DOW-UAP-D49, Launch Summary, Vandenberg AFB, 2000
Agency: Department of War
Incident date: 2/3/00
Page 50
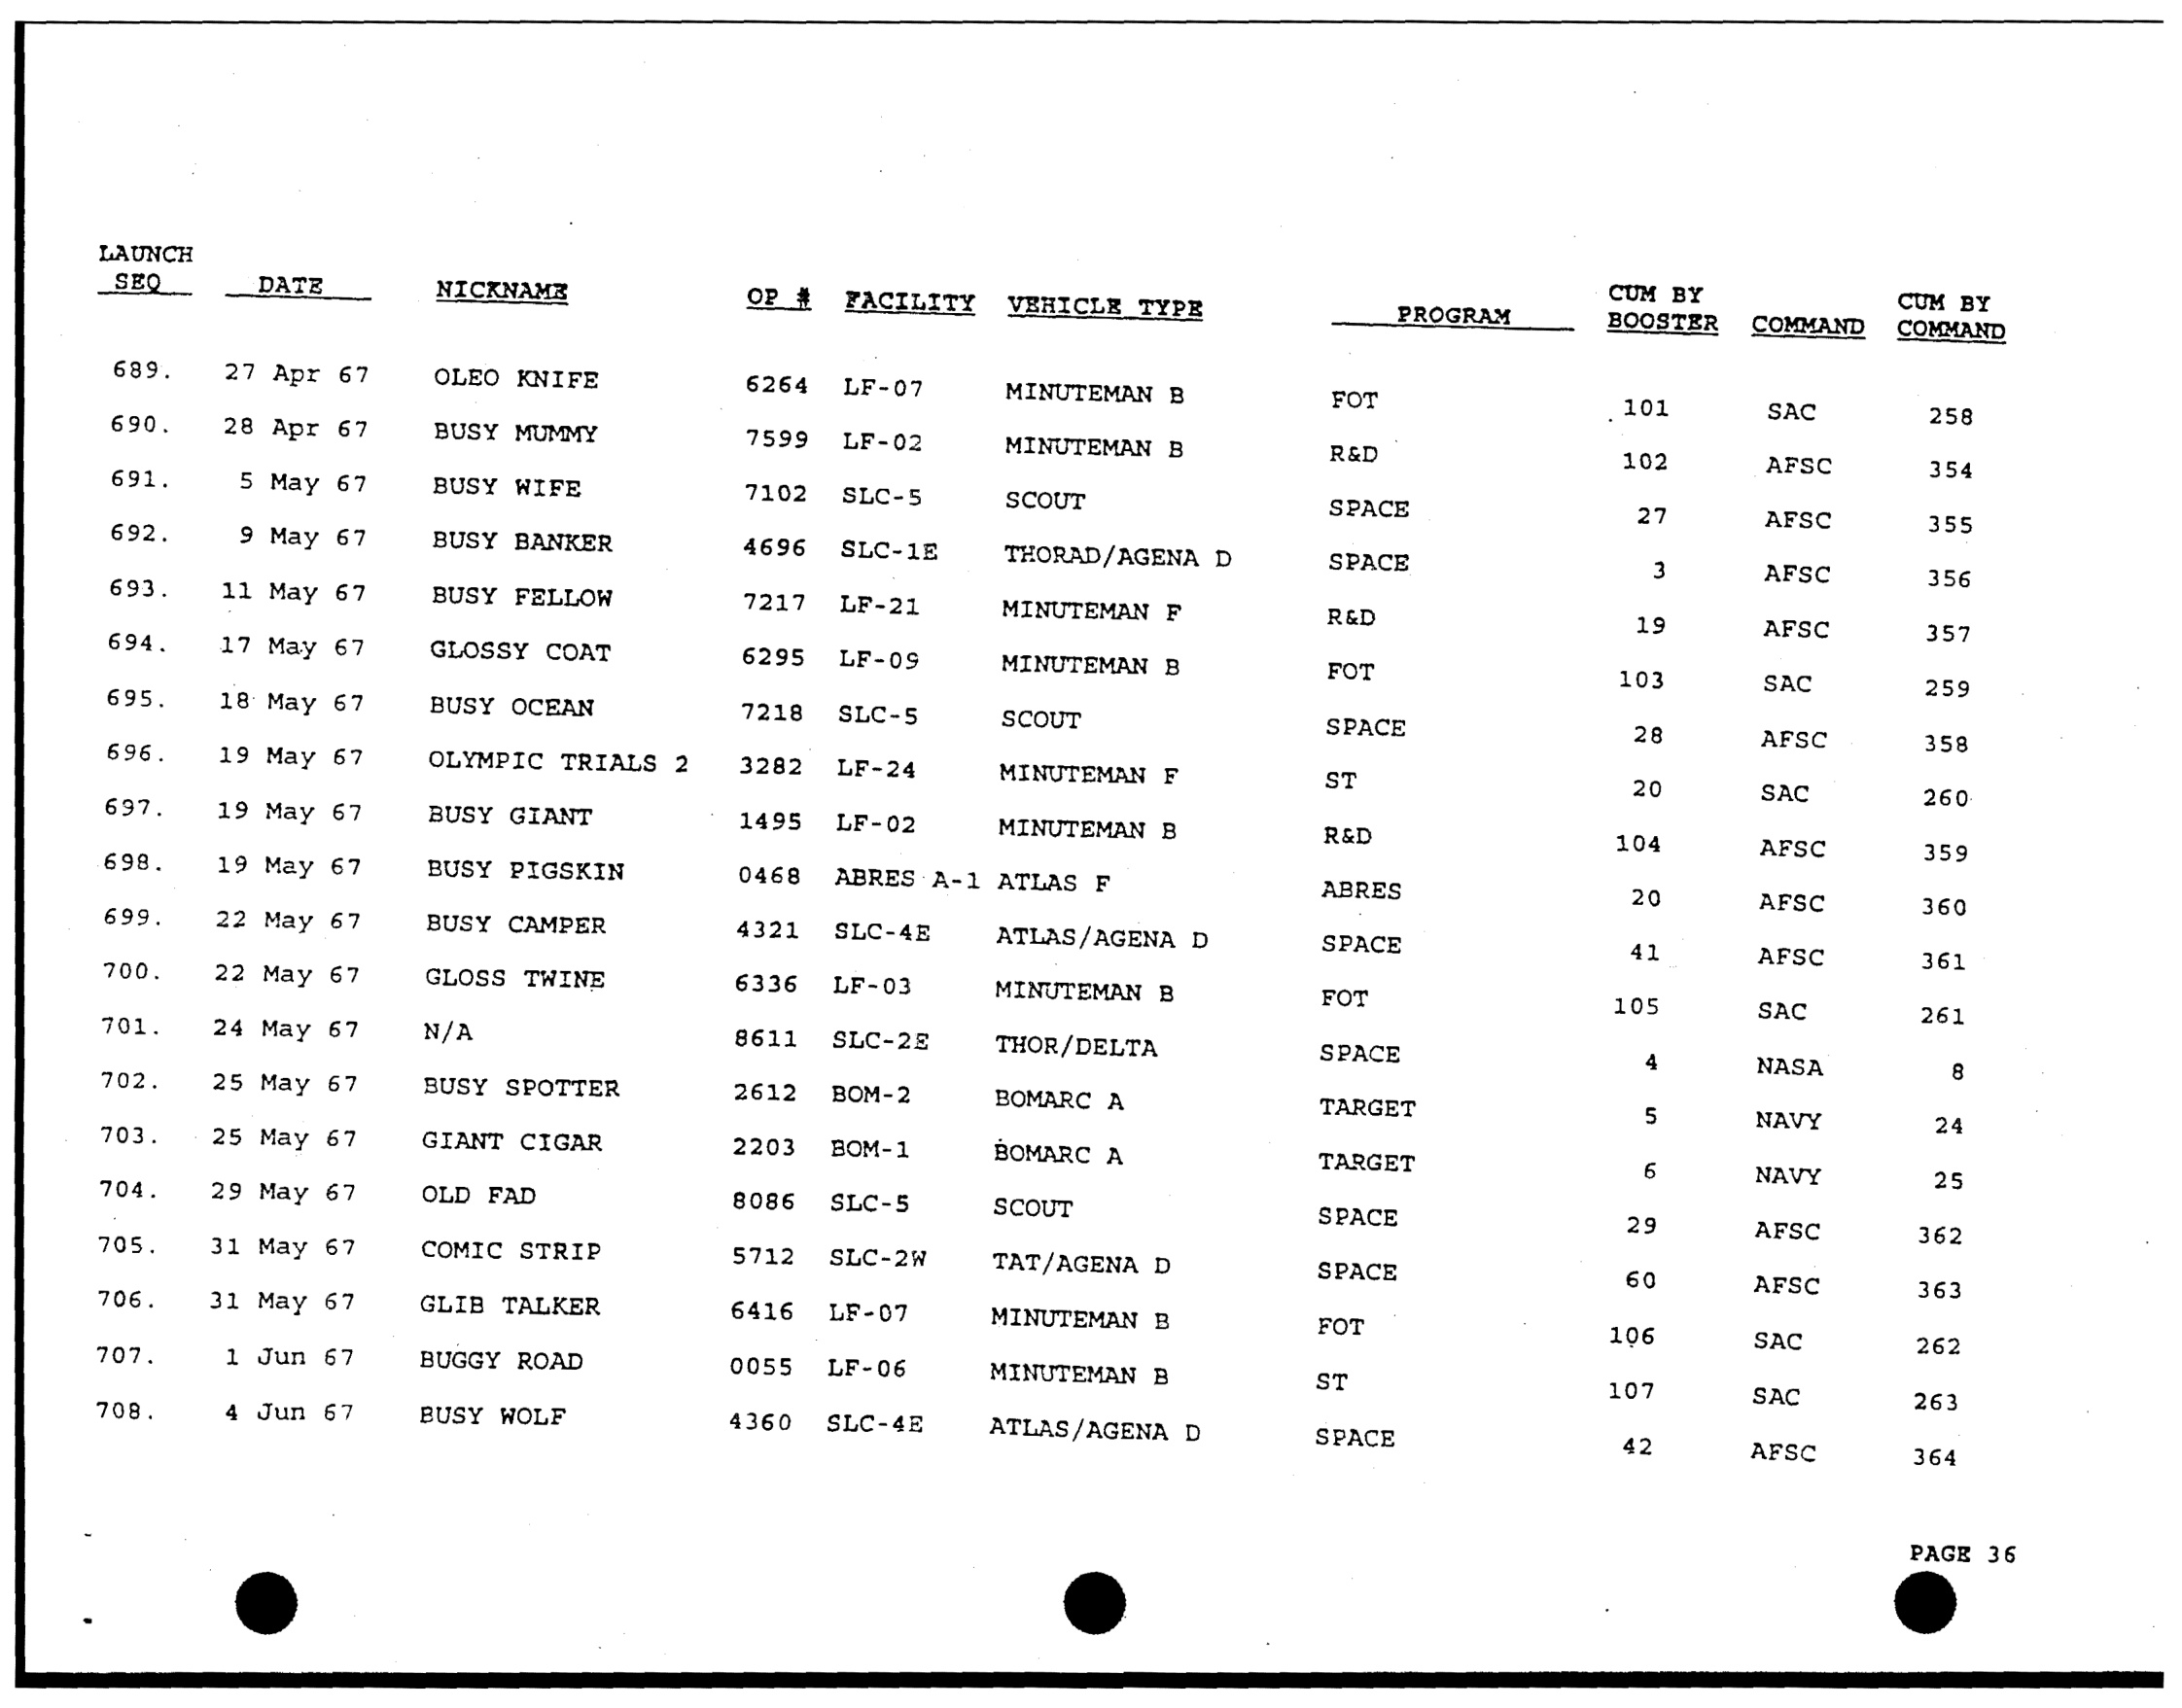